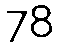
78